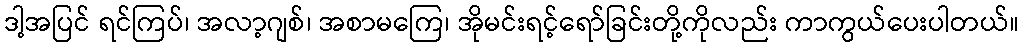
ဒါ့အပြင် ရင်ကြပ်၊ အလာ့ဂျစ်၊ အစာမကြေ၊ အိုမင်းရင့်ရော်ခြင်းတို့ကိုလည်း ကာကွယ်ပေးပါတယ်။